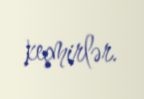
keçmirlər.